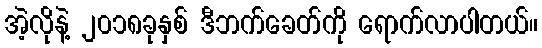
အဲ့လိုနဲ့ ၂၀၁၈ခုနှစ် ဒီဘက်ခေတ်ကို ရောက်လာပါတယ်။